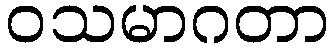
ဝသမာဂတာ